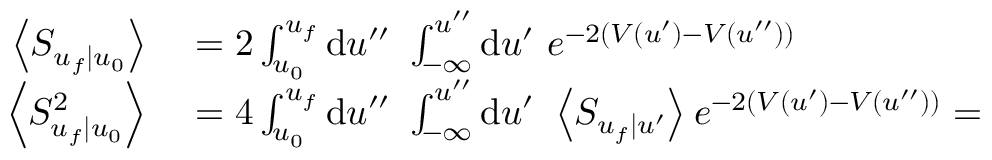
\begin{array} { r l } { \left\langle S _ { u _ { f } | u _ { 0 } } \right\rangle } & { { } = 2 \int _ { u _ { 0 } } ^ { u _ { f } } \mathrm { d } u ^ { \prime \prime } \ \int _ { - \infty } ^ { u ^ { \prime \prime } } \mathrm { d } u ^ { \prime } \ e ^ { - 2 ( V ( u ^ { \prime } ) - V ( u ^ { \prime \prime } ) ) } } \\ { \left\langle S _ { u _ { f } | u _ { 0 } } ^ { 2 } \right\rangle } & { { } = 4 \int _ { u _ { 0 } } ^ { u _ { f } } \mathrm { d } u ^ { \prime \prime } \ \int _ { - \infty } ^ { u ^ { \prime \prime } } \mathrm { d } u ^ { \prime } \ \left\langle S _ { u _ { f } | u ^ { \prime } } \right\rangle e ^ { - 2 ( V ( u ^ { \prime } ) - V ( u ^ { \prime \prime } ) ) } = } \end{array}